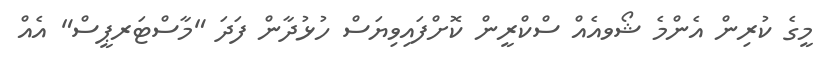
މީގެ ކުރިން އެންމެ ޝޯވއެއް ސްކްރީން ކޮށްފައިވިޔަސް ހުޅުދާން ފަދަ "މާސްޓަރޕީސް" އެއް